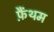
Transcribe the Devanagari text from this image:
फ़ैंथम